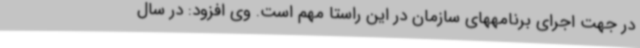
در جهت اجرای برنامههای سازمان در این راستا مهم است. وی افزود: در سال